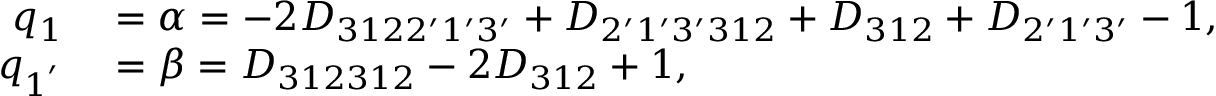
\begin{array} { r l } { q _ { 1 } } & { { } = \alpha = - 2 { D _ { 3 1 2 2 ^ { \prime } 1 ^ { \prime } 3 ^ { \prime } } } + { D _ { 2 ^ { \prime } 1 ^ { \prime } 3 ^ { \prime } 3 1 2 } } + { D _ { 3 1 2 } } + { D _ { 2 ^ { \prime } 1 ^ { \prime } 3 ^ { \prime } } } - 1 , } \\ { q _ { 1 ^ { ' } } } & { { } = \beta = { D _ { 3 1 2 3 1 2 } } - 2 { D _ { 3 1 2 } } + 1 , } \end{array}